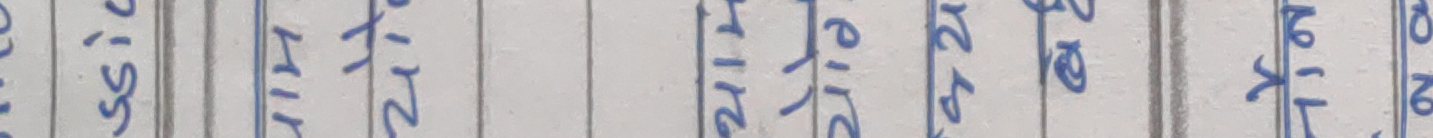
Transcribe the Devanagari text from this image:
२१:५५  देखि  २२:००